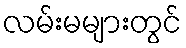
လမ်းမများတွင်